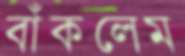
বাঁকলেম